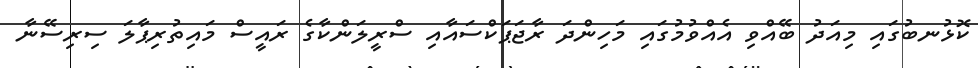
ކޮޅުނބުގައި މިއަދު ބޭއްވި އެއްވުމުގައި މަހިންދަ ރާޖަޕަކްސައާއި ސްރީލަންކާގެ ރައީސް މައިތުރިޕާލަ ސިރިސޭނާ